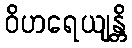
ဝိဟရေယျန္တိ